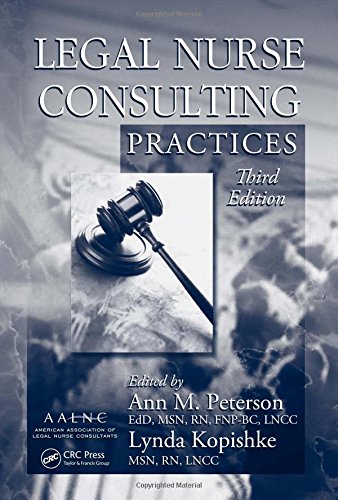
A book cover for Legal Nurse Consulting, Third Edition: Legal Nurse Consulting Practices, Third Edition; Medical Books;